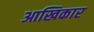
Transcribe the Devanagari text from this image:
आखिकार